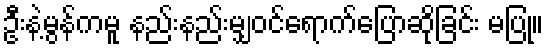
ဦးနဲ့မွန်ကမူ နည်းနည်းမျှဝင်ရောက်ပြောဆိုခြင်း မပြု။